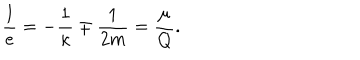
LaTeX: \frac { l } { e } = - \frac { 1 } { \kappa } \mp \frac { 1 } { 2 m } = \frac { \mu } { Q } .